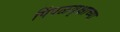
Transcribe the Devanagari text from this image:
पिंपळवृक्षाच्या